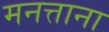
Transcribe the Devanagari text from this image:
मनत्ताना